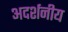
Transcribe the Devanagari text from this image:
अदर्शनीय